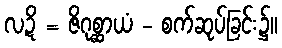
လဍိ = ဇိဂုစ္ဆာယံ - စက်ဆုပ်ခြင်း၌။